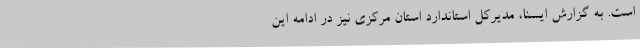
است. به گزارش ایسنا، مدیرکل استاندارد استان مرکزی نیز در ادامه این